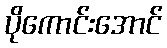
ပိုကောင်းအောင်